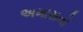
અમારાનો